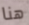
هنا